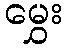
မွှေး